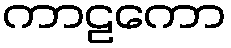
ကာဠကော